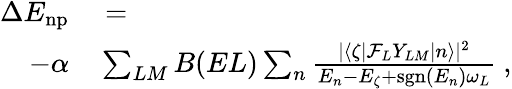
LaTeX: \begin{array}{rl}{\Delta E_{\mathrm{np}}}&{{}=}\\ {-\alpha}&{{}\sum_{LM}B(EL)\sum_{n}\frac{|\left<\zeta|\mathcal{F}_{L}Y_{LM}|n\right>|^{2}}{E_{n}-E_{\zeta}+\mathrm{sgn}(E_{n})\omega_{L}}\ ,}\end{array}